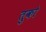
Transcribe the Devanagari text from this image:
तुको